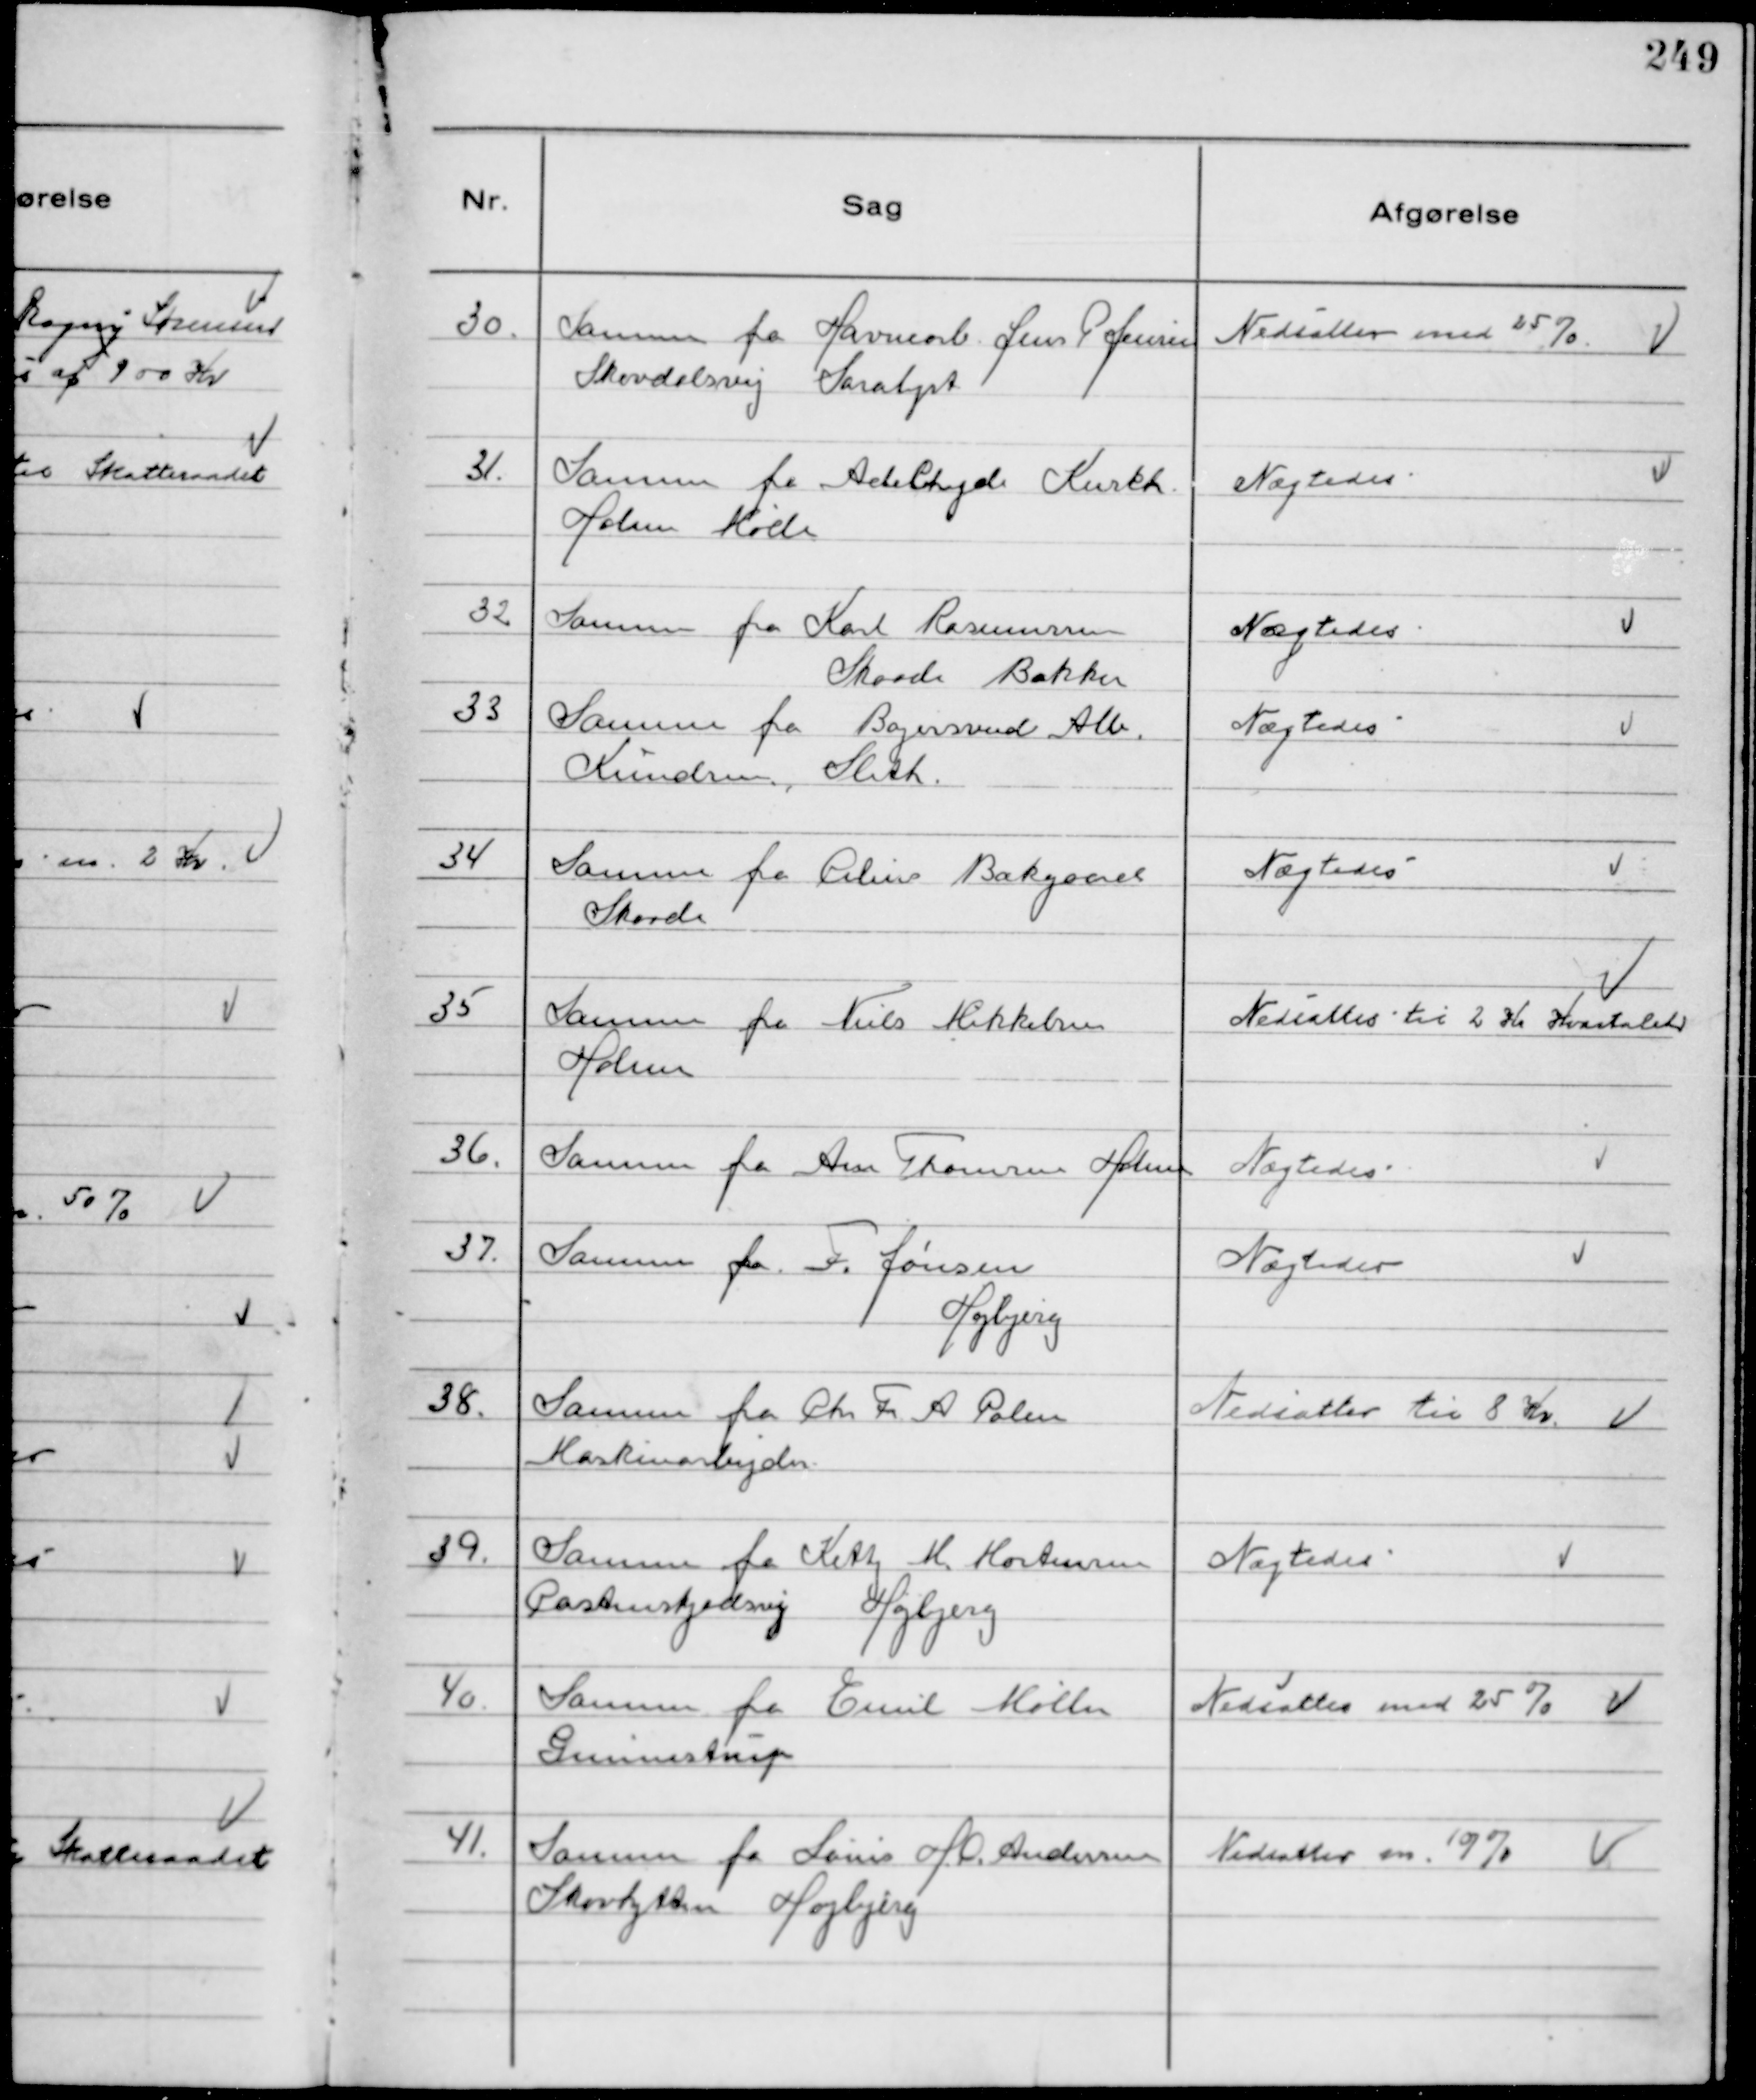
Transskription:
30.
Samme fra Havnearb Jens P Jensen
Skovdalsvej Saralyst

Nedsattes med 25%

31.
Samme fra Adelhejde Kurkh
Holme Mølle

Nægtedes

32
Samme fra Karl Rasmussen
Skaade Bakker

Nægtedes

33
Samme fra Bagersvend Alb.
Knudsen, Sleth

Nægtedes

34
Samme fra Cilius Bækgaard
Skaade

Nægtedes

35
Samme fra Niels Mikkelsen
Holme

Nedsattes til 2 Kr Kvartalet

36.
Samme fra Arne Thomsen Holme

Nægtedes

37.
Samme fra F. Jønsen
Højbjerg

Nægtedes

38.
Samme fra Chr Fr A Polin
Maskinarbejder

Nedsattes til 8 Kr.

39.
Samme fra Ketty M. Mortensen
Castenskjoldsvej Højbjerg

Nægtedes

40.
Samme fra Emil Møller
Gunnestrup

Nedsattes med 25%

41.
Samme fra Louis H. O. Andersen
Skovhytten Højbjerg

Nedsattes m. 10%